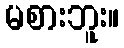
မစားဘူး။